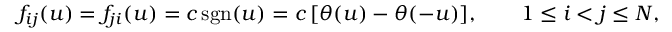
f _ { i j } ( u ) = f _ { j i } ( u ) = c \, \mathrm { s g n } ( u ) = c \, [ \theta ( u ) - \theta ( - u ) ] , \qquad 1 \le i < j \le N ,